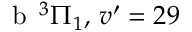
\textrm { b } \, ^ { 3 } \Pi _ { 1 } , \, v ^ { \prime } = 2 9